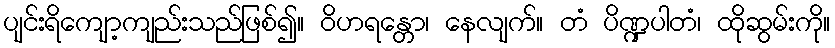
ပျင်းရိကျော့ကျည်းသည်ဖြစ်၍။ ဝိဟရန္တော၊ နေလျက်။ တံ ပိဏ္ဍပါတံ၊ ထိုဆွမ်းကို။